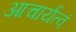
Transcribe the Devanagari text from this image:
आचार्यत्वं